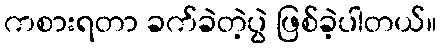
ကစားရတာ ခက်ခဲတဲ့ပွဲ ဖြစ်ခဲ့ပါတယ်။